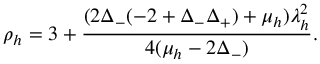
\rho _ { h } = 3 + \frac { ( 2 \Delta _ { - } ( - 2 + \Delta _ { - } \Delta _ { + } ) + \mu _ { h } ) \lambda _ { h } ^ { 2 } } { 4 ( \mu _ { h } - 2 \Delta _ { - } ) } .